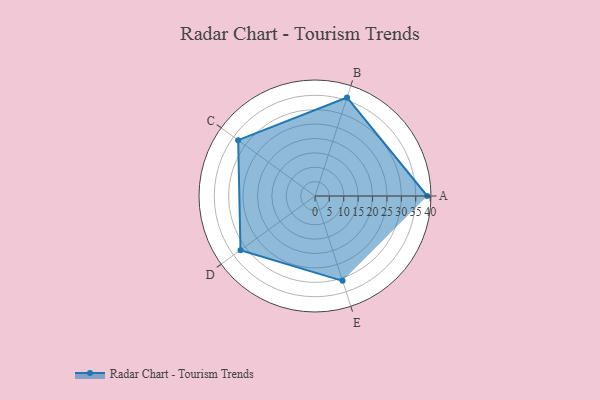
{"axis": {"x": "Skill", "y": "Score"}, "legend": ["Profile"], "data": [{"x": "A", "y": 39.0, "type": "Profile"}, {"x": "B", "y": 36.0, "type": "Profile"}, {"x": "C", "y": 33.0, "type": "Profile"}, {"x": "D", "y": 32.0, "type": "Profile"}, {"x": "E", "y": 31.0, "type": "Profile"}]}